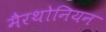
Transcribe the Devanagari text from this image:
मैरथोनियन